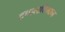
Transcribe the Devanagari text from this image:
टपालविमान